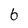
Character: 6